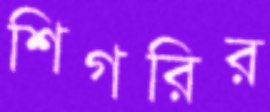
শিগরির